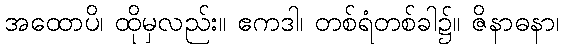
အထောပိ၊ ထိုမှလည်း။ ဧကဒါ၊ တစ်ရံတစ်ခါ၌။ ဇိနာဓနာ၊